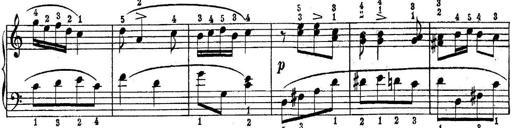
Title: Quatres sonatines
Composer: Tadeusz Joteyko